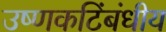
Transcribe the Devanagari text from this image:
उष्णकटिंबंधीय